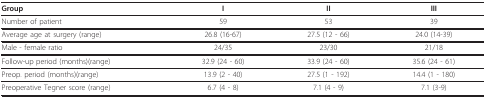
<table><thead><tr><td><b>Group</b></td><td><b>I</b></td><td><b>II</b></td><td><b>III</b></td></tr></thead><tbody><tr><td>Number of patient</td><td>59</td><td>53</td><td>39</td></tr><tr><td>Average age at surgery (range)</td><td>26.8 (16-67)</td><td>27.5 (12 - 66)</td><td>24.0 (14-39)</td></tr><tr><td>Male - female ratio</td><td>24/35</td><td>23/30</td><td>21/18</td></tr><tr><td>Follow-up period (months)(range)</td><td>32.9 (24 - 60)</td><td>33.9 (24 - 60)</td><td>35.6 (24 - 61)</td></tr><tr><td>Preop. period (months)(range)</td><td>13.9 (2 - 40)</td><td>27.5 (1 - 192)</td><td>14.4 (1 - 180)</td></tr><tr><td>Preoperative Tegner score (range)</td><td>6.7 (4 - 8)</td><td>7.1 (4 - 9)</td><td>7.1 (3-9)</td></tr></tbody></table>